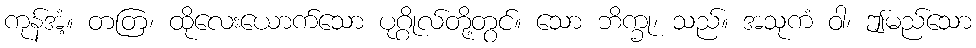
ကုန်အံ့။ တတြ၊ ထိုလေးယောက်သော ပုဂ္ဂိုလ်တို့တွင်။ သော ဘိက္ခု၊ သည်။ အသုကံ ဝါ၊ ဤမည်သော